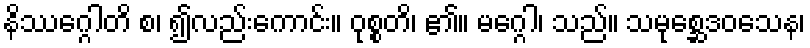
နိဿဂ္ဂေါတိ စ၊ ၍လည်းကောင်း။ ဝုစ္စတိ၊ ၏။ မဂ္ဂေါ၊ သည်။ သမုစ္ဆေဒဝသေန၊